Annual report on the Civil Veterinary Department, Burma (including the Insein Veterinary School) - 1923-1931
Year: 1923
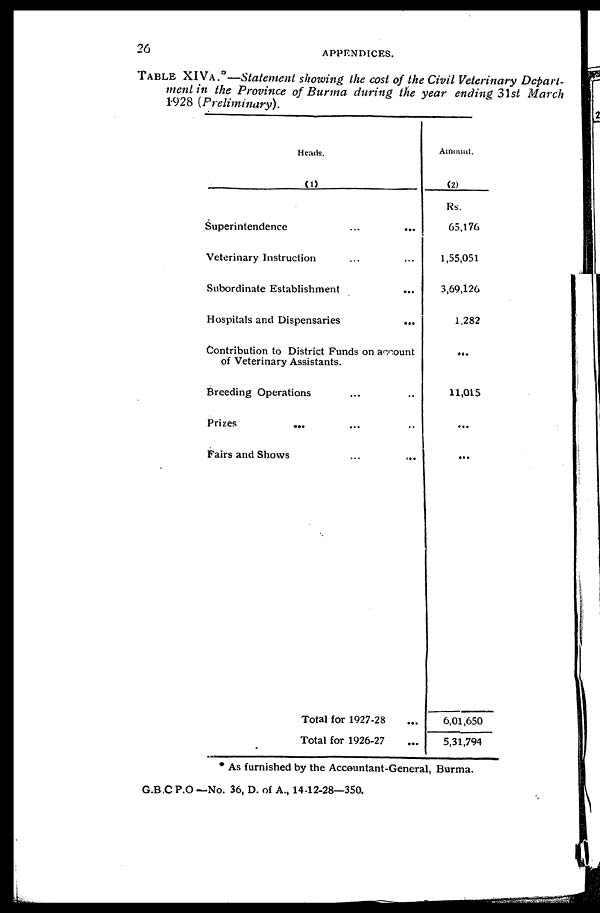
26
APPENDICES.
TABLE XIV A.*—Statement showing the cost of the Civil Veterinary Depart-
ment in the Province of Burma during the year ending 31st March
1928 (Preliminary).
Heads.
(1)
Superintendence
...
...
Veterinary Instruction ... ...
Subordinate Establishment ...
Hospitals and Dispensaries
...
Contribution to District Funds on account
of Veterinary Assistants.
Breeding Operations ... ...
Prizes
... ... ...
Fairs and Shows ... ...
Total for 1927-28 ...
Total for 1926-27 ...
Amount.
(2)
Rs.
65,176
1,55,051
3,69,126
1,282
...
11,015
...
...
6,01,650
5,31,794
* As furnished by the Accountant-General, Burma.
G.B.C P.O— No. 36, D. of A., 14-12-28—350.